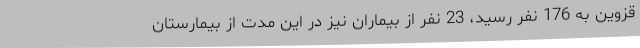
قزوین به 176 نفر رسید، 23 نفر از بیماران نیز در این مدت از بیمارستان